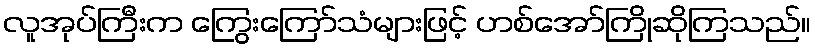
လူအုပ်ကြီးက ကြွေးကြော်သံများဖြင့် ဟစ်အော်ကြိုဆိုကြသည်။